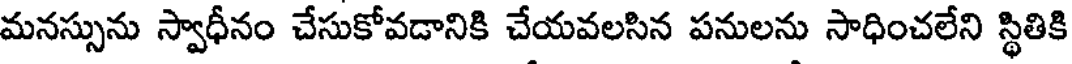
మనస్సును స్వాధీనం చేసుకోవడానికి చేయవలసిన పనులను సాధించలేని స్థితికి